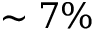
\sim 7 \%